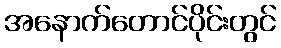
အနောက်တောင်ပိုင်းတွင်